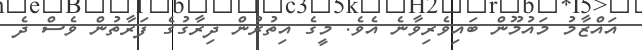
އައްޒާމު މައުމޫން ބައިވެރިވާނެ އެވެ. މީގެ އިތުރުން ދިރާގުގެ ފަރާތުން ވެސް ދެ